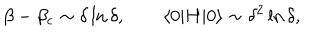
\beta - \beta _ { \mathrm { c } } \sim \delta \ln \delta , \qquad \langle 0 | H | 0 \rangle \sim \delta ^ { 2 } \ln \delta ,